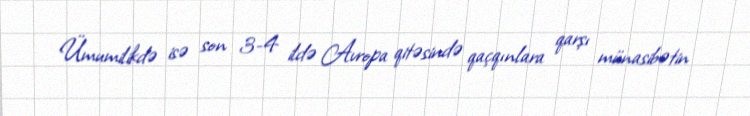
Ümumilikdə isə son 3-4 ildə Avropa qitəsində qaçqınlara qarşı münasibətin